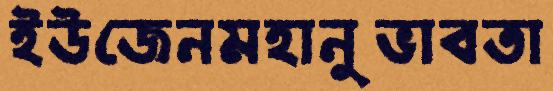
ইউজেনমহানুভাবতা